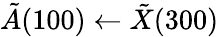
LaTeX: \tilde{A}(100)\leftarrow\tilde{X}(300)